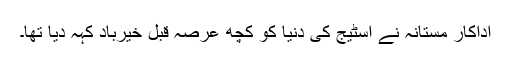
اداکار مستانہ نے اسٹیج کی دنیا کو کچھ عرصہ قبل خیرباد کہہ دیا تھا۔